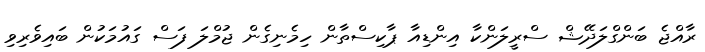
ރާއްޖެ ބަންގްލަދޭޝް ސްރީލަންކާ އިންޑިއާ ޕާކިސްތާން ހިމެނިގެން ޖުމްލަ ފަސް ގައުމަކުން ބައިވެރިވި